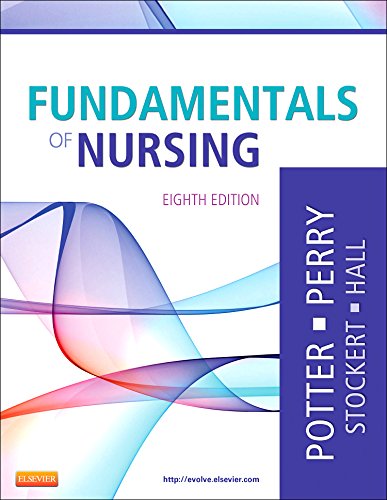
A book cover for Fundamentals of Nursing, 8e; Patricia A. Potter RN  MSN  PhD  FAAN; Medical Books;